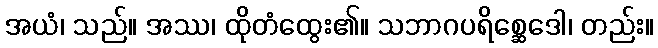
အယံ၊ သည်။ အဿ၊ ထိုတံထွေး၏။ သဘာဂပရိစ္ဆေဒေါ၊ တည်း။